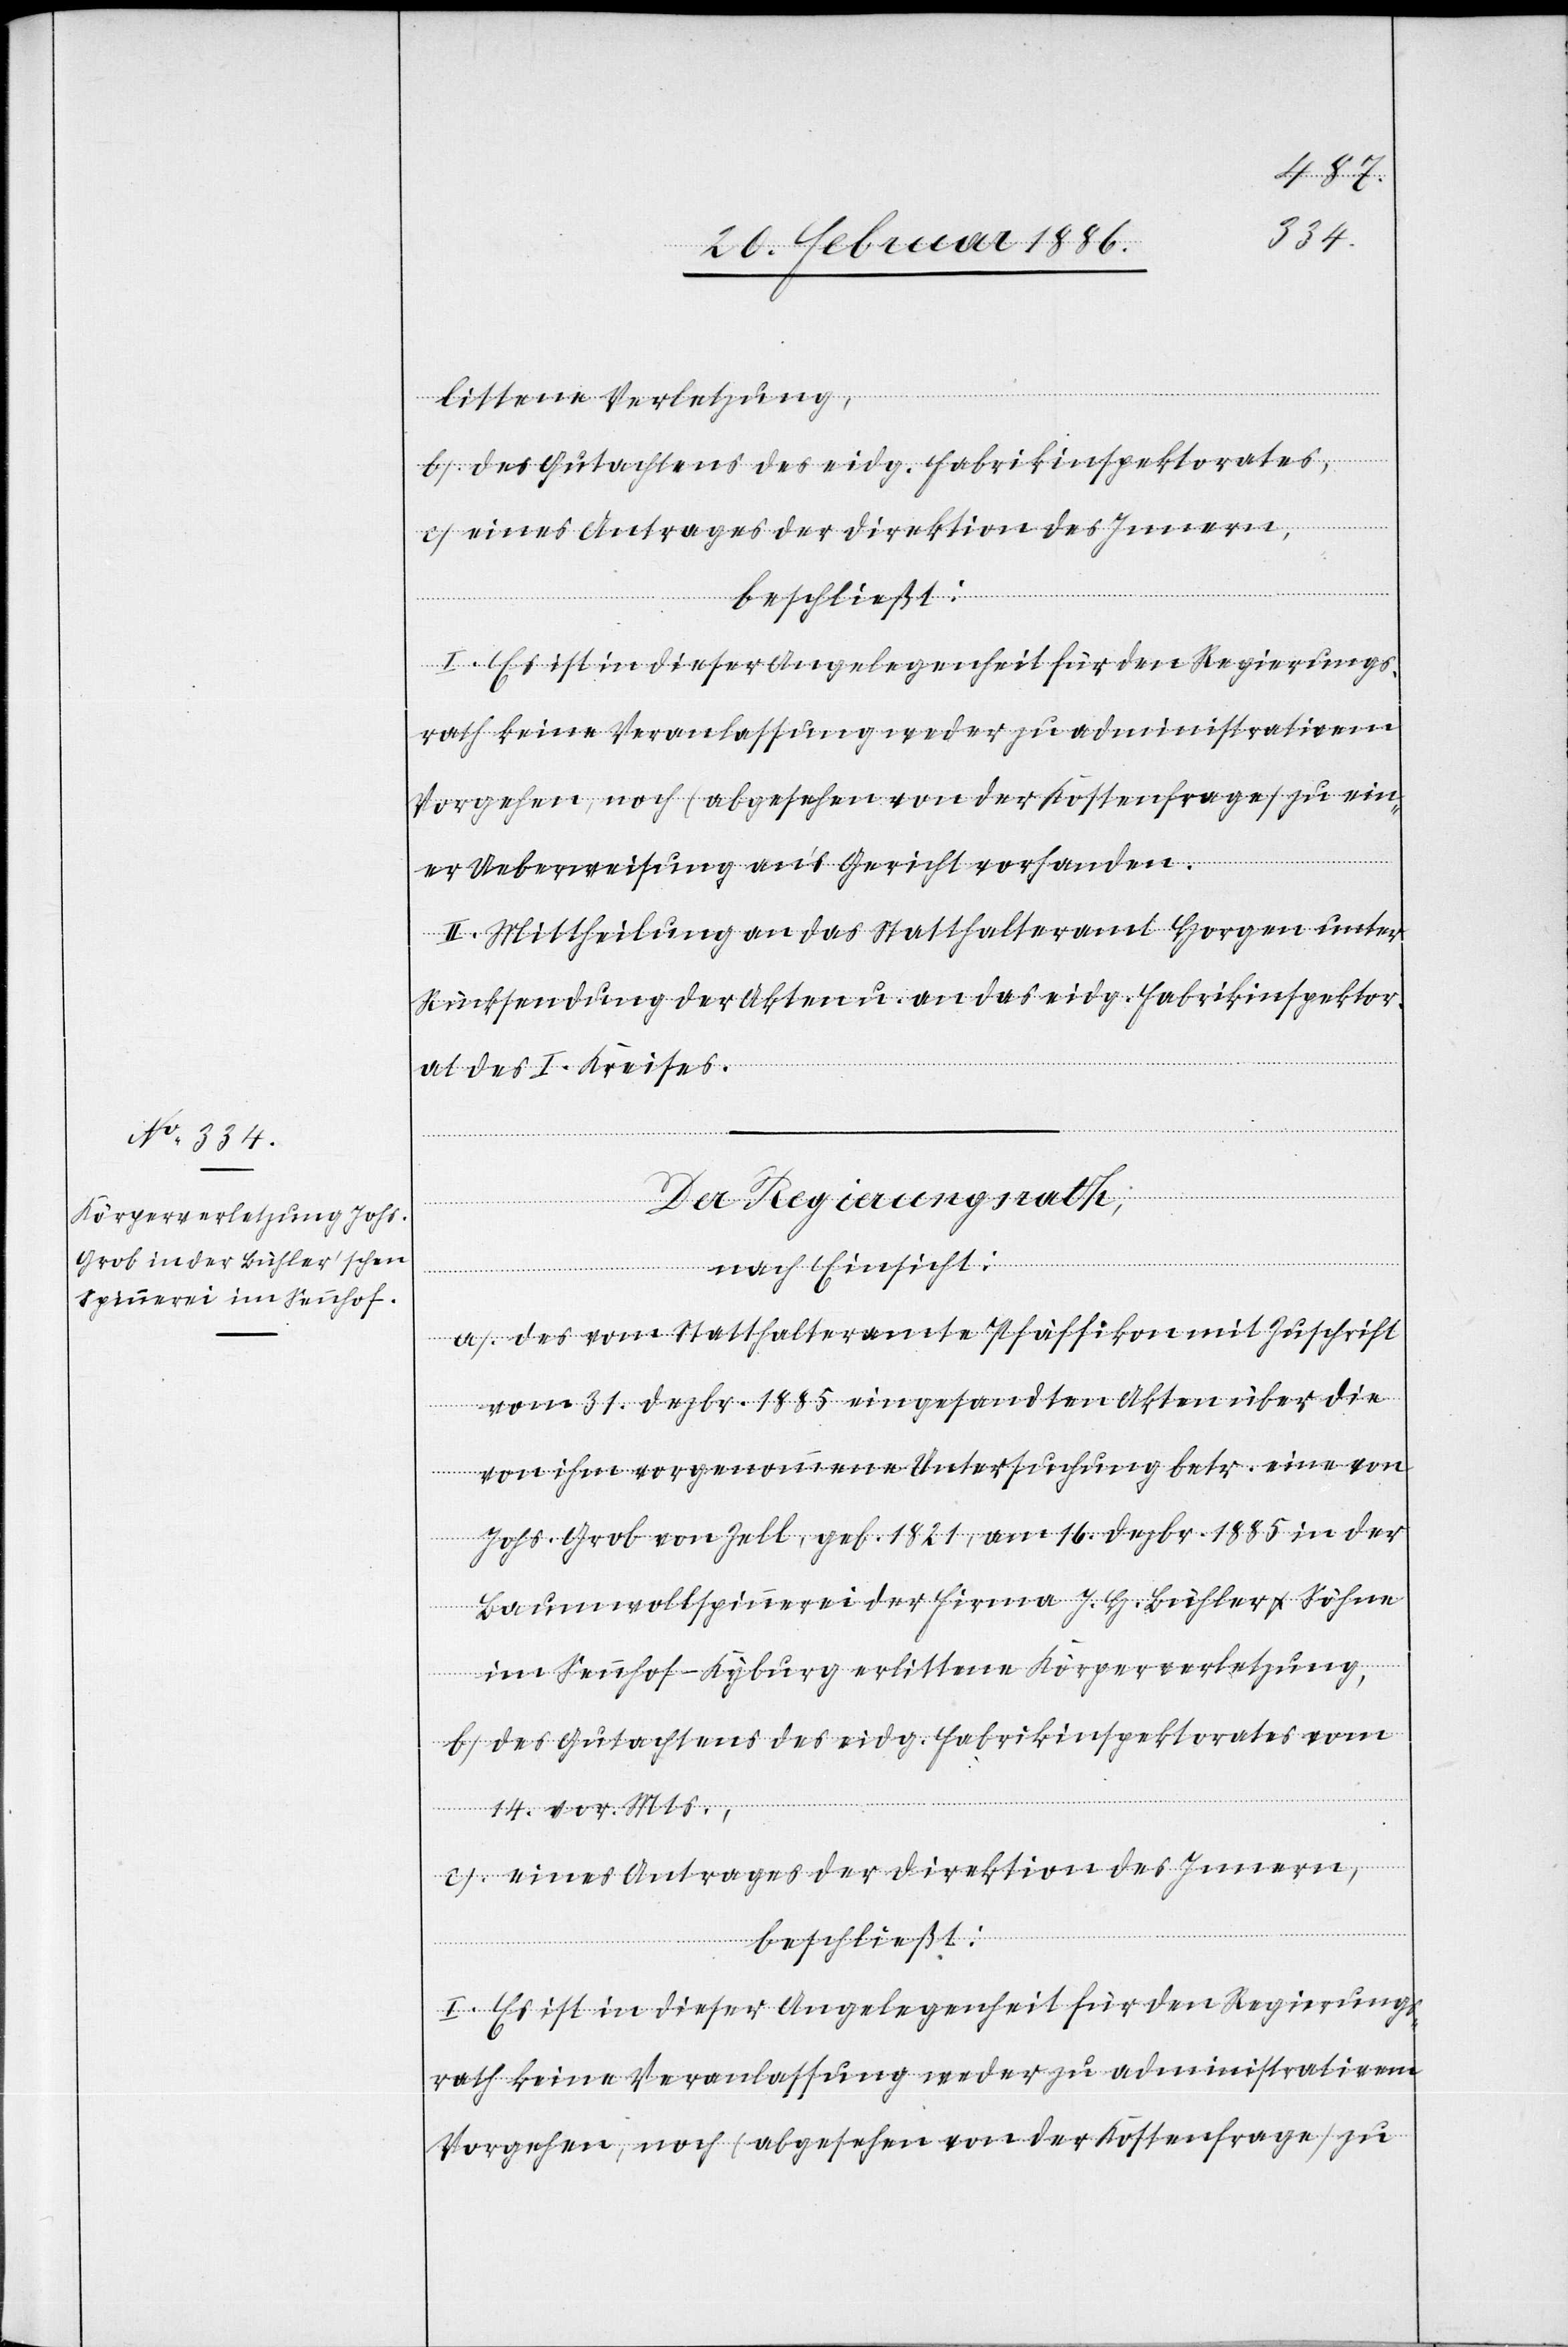
littene Verletzung,
b) Des Gutachtens des eidg. Fabrikinspektorates,
c) eines Antrages der Direktion des Innern,
er Ueberweisung an’s Gericht vorhanden.
II. Mittheilung an das Statthalteramt Horgen unter
Rücksendung der Akten u. an das eidg. Fabrikinspektor¬
at des I. Kreises.
Der Regierungsrath,
nach Einsicht:
a) Der vom Statthalteramte Pfäffikon mit Zuschrift
vom 31. Dezbr. 1885 eingesandten Akten über die
von ihm vorgenommene Untersuchung betr. eine von
Johs. Grob von Zell, geb. 1821, am 16. Dezbr. 1885 in der
Baumwollspinnerei der Firma J. H. Bühler & Söhne
im Sennhof - Kyburg erlittene Körperverletzung,
b) des Gutachtens der eidg. Fabrikinspektorates vom
14. vor. Mts.,
c) Eines Antrages der Direktion des Innern,
ein¬
beschließt:
I. Es ist in dieser Angelegenheit für den Regierungs¬
rath keine Veranlassung weder zu administrativen
Vorgehen, noch (abgesehen von der Kostenfrage) zu